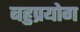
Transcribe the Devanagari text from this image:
बहुप्रयोग